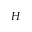
H